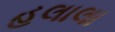
હલાલા